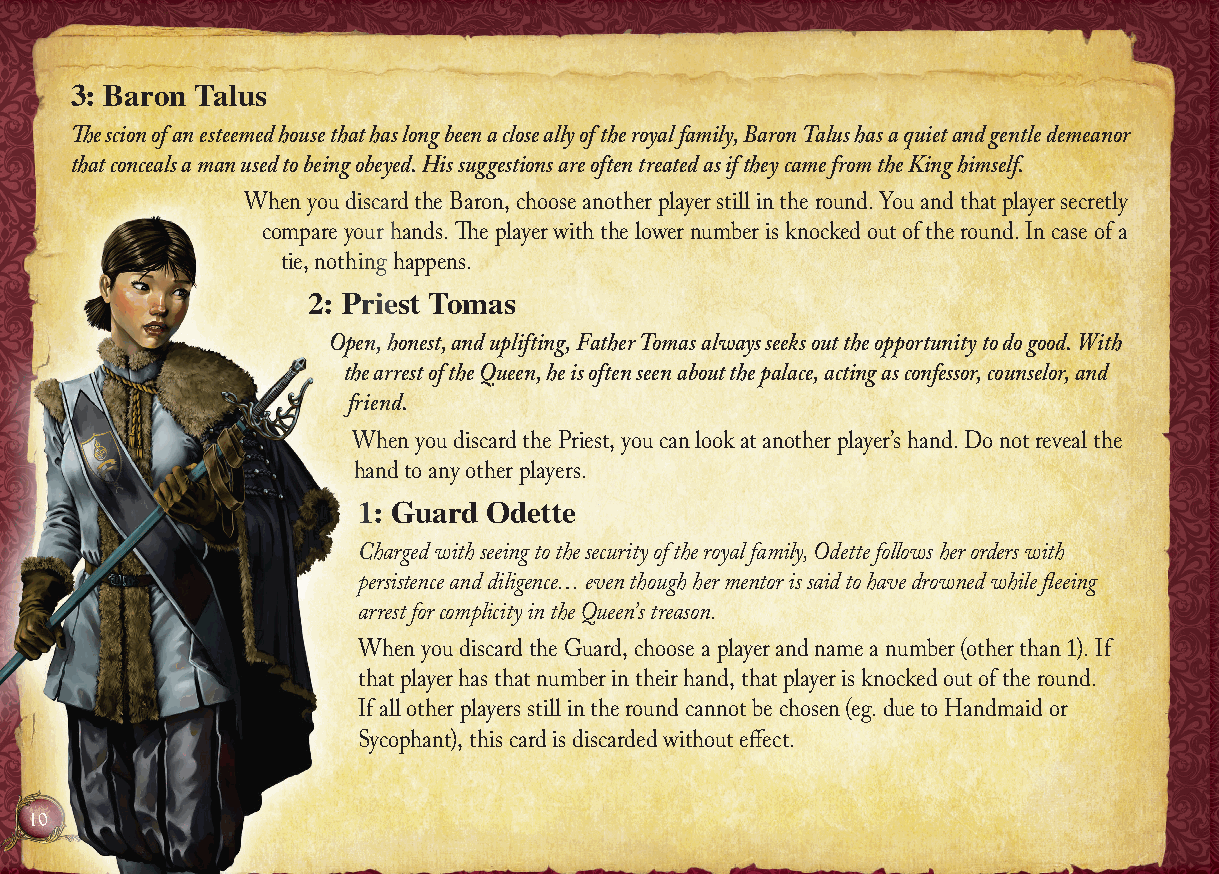
3: Baron Talus
 The scion of an esteemed house that has long been a close ally of the royal family, Baron Talus has a quiet and gentle demeanor
 that conceals a man used to being obeyed. His suggestions are often treated as if they came from the King himself.
 When you discard the Baron, choose another player still in the round. You and that player secretly
 compare your hands. The player with the lower number is knocked out of the round. In case of a
 tie, nothing happens.
 2: Priest Tomas
 Open, honest, and uplifting, Father Tomas always seeks out the opportunity to do good. With
 the arrest of the Queen, he is often seen about the palace, acting as confessor, counselor, and
 friend.
 When you discard the Priest, you can look at another player’s hand. Do not reveal the
 hand to any other players.
 1: Guard Odette
 Charged with seeing to the security of the royal family, Odette follows her orders with
 persistence and diligence… even though her mentor is said to have drowned while fleeing
 arrest for complicity in the Queen’s treason.
 When you discard the Guard, choose a player and name a number (other than 1). If
 that player has that number in their hand, that player is knocked out of the round.
 If all other players still in the round cannot be chosen (eg. due to Handmaid or
 Sycophant), this card is discarded without effect.
 10